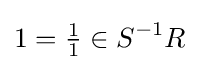
1={\tfrac {1}{1}}\in S^{-1}R